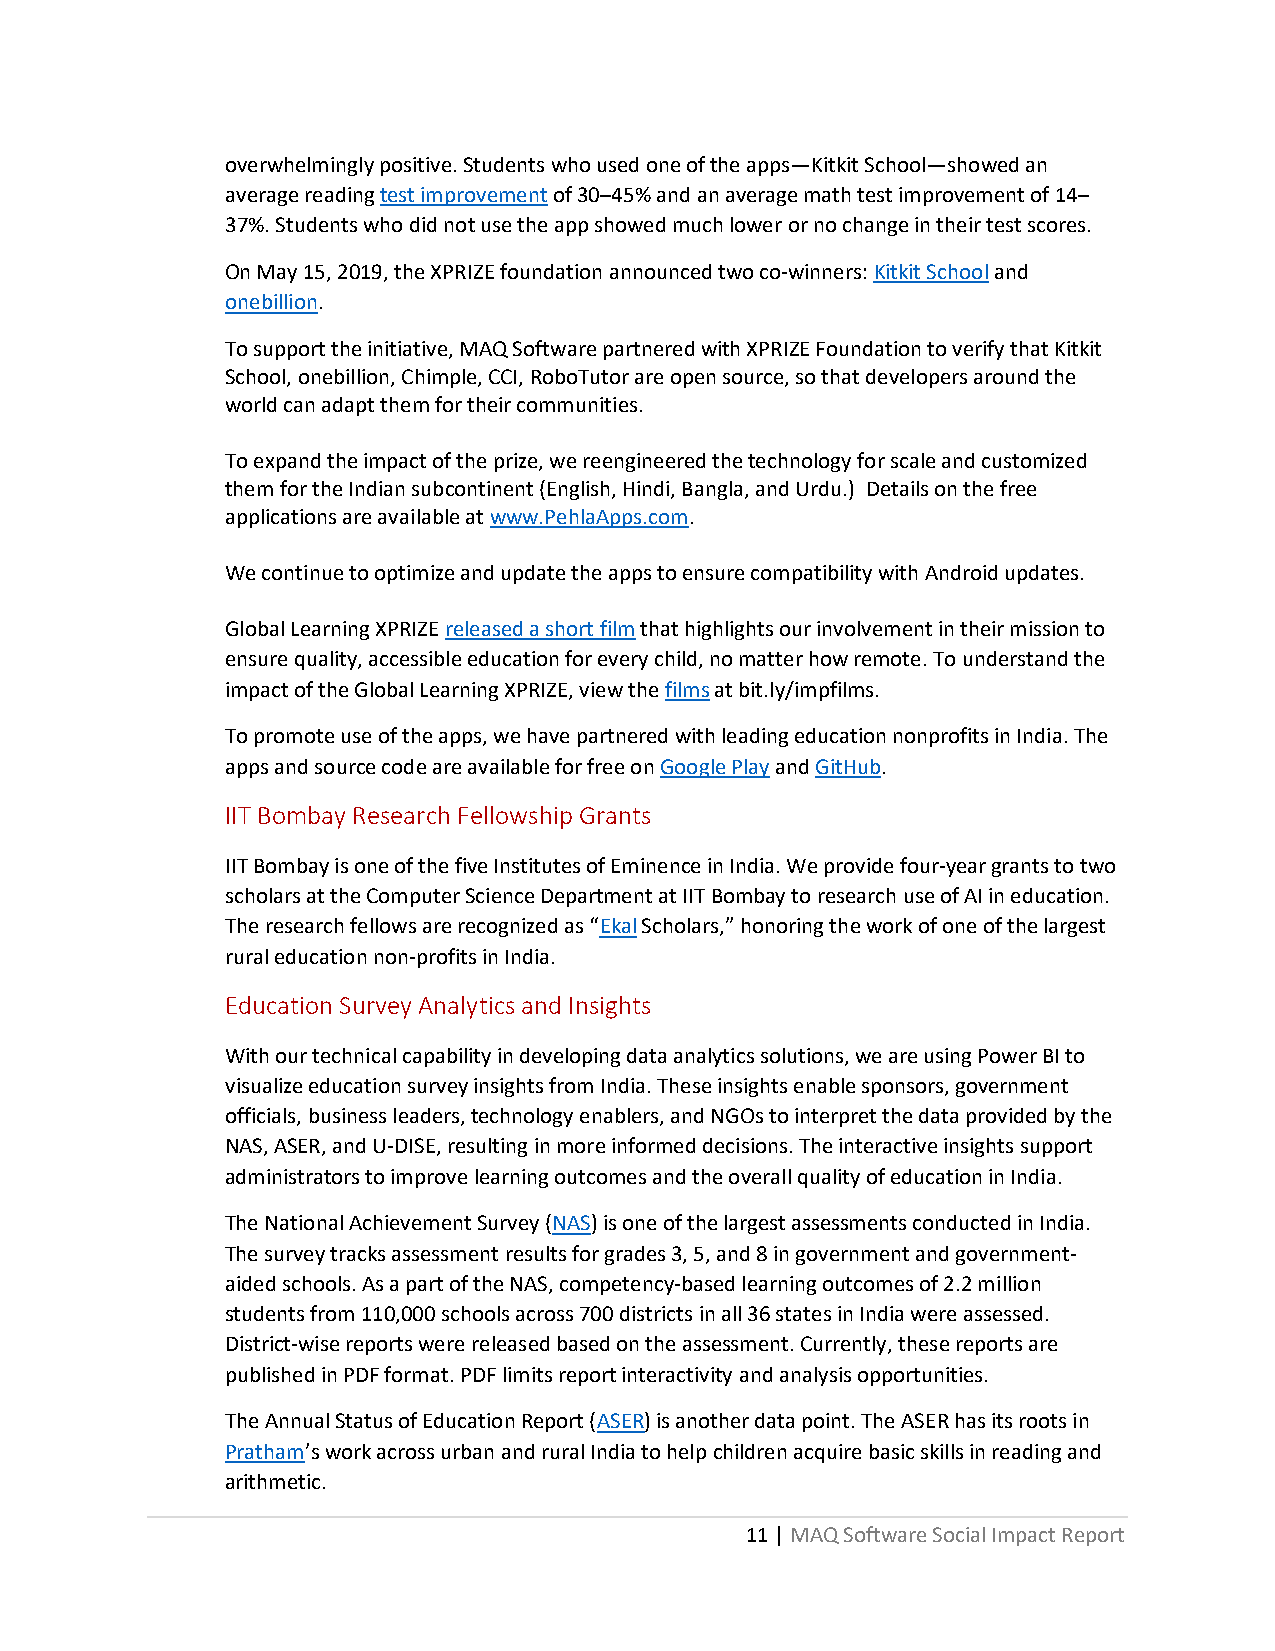
overwhelmingly positive. Students who used one of the apps—Kitkit School—showed an
 average reading test improvement of 30–45% and an average math test improvement of 14–
 37%. Students who did not use the app showed much lower or no change in their test scores.
 On May 15, 2019, the XPRIZE foundation announced two co-winners: Kitkit School and
 onebillion.
 To support the initiative, MAQ Software partnered with XPRIZE Foundation to verify that Kitkit
 School, onebillion, Chimple, CCI, RoboTutor are open source, so that developers around the
 world can adapt them for their communities.
 To expand the impact of the prize, we reengineered the technology for scale and customized
 them for the Indian subcontinent (English, Hindi, Bangla, and Urdu.) Details on the free
 applications are available at www.PehlaApps.com.
 We continue to optimize and update the apps to ensure compatibility with Android updates.
 Global Learning XPRIZE released a short film that highlights our involvement in their mission to
 ensure quality, accessible education for every child, no matter how remote. To understand the
 impact of the Global Learning XPRIZE, view the films at bit.ly/impfilms.
 To promote use of the apps, we have partnered with leading education nonprofits in India. The
 apps and source code are available for free on Google Play and GitHub.
 IIT Bombay Research Fellowship Grants
 IIT Bombay is one of the five Institutes of Eminence in India. We provide four-year grants to two
 scholars at the Computer Science Department at IIT Bombay to research use of AI in education.
 The research fellows are recognized as “Ekal Scholars,” honoring the work of one of the largest
 rural education non-profits in India.
 Education Survey Analytics and Insights
 With our technical capability in developing data analytics solutions, we are using Power BI to
 visualize education survey insights from India. These insights enable sponsors, government
 officials, business leaders, technology enablers, and NGOs to interpret the data provided by the
 NAS, ASER, and U-DISE, resulting in more informed decisions. The interactive insights support
 administrators to improve learning outcomes and the overall quality of education in India.
 The National Achievement Survey (NAS) is one of the largest assessments conducted in India.
 The survey tracks assessment results for grades 3, 5, and 8 in government and government-
 aided schools. As a part of the NAS, competency-based learning outcomes of 2.2 million
 students from 110,000 schools across 700 districts in all 36 states in India were assessed.
 District-wise reports were released based on the assessment. Currently, these reports are
 published in PDF format. PDF limits report interactivity and analysis opportunities.
 The Annual Status of Education Report (ASER) is another data point. The ASER has its roots in
 Pratham’s work across urban and rural India to help children acquire basic skills in reading and
 arithmetic.
 11 | MAQ Software Social Impact Report